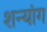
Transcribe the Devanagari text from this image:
शन्यांग